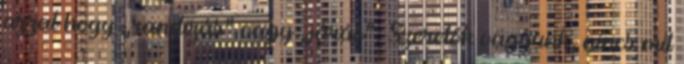
azzal hogy „randizás” vagy „járás”. Szeretők vagyunk, nincs mit